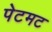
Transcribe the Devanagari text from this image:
पेटमट